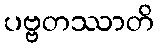
ပဗ္ဗတဿာတိ